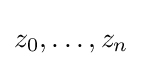
z_{0},\ldots ,z_{n}